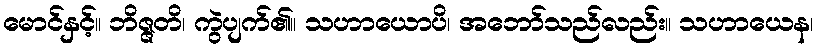
မောင်နှင့်။ ဘိဇ္ဇတိ၊ ကွဲပျက်၏။ သဟာယောပိ၊ အဘော်သည်လည်း။ သဟာယေန၊